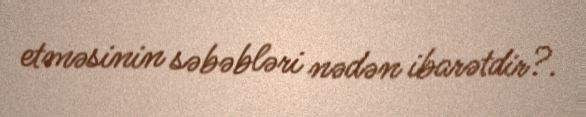
etməsinin səbəbləri nədən ibarətdir?.